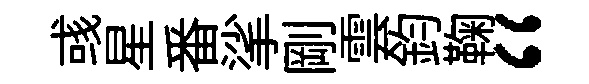
彧星番挲剛雲鈞鞠“